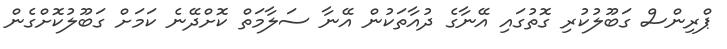
ޕްރިންސް ގަބޫލުކުރި ގޮތުގައި އޭނާގެ ދުއާތަކުން އޭނާ ސަލާމަތް ކޮށްދޭނެ ކަމަށް ގަބޫލުކޮށްގެން